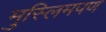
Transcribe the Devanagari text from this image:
मुस्लिमपण